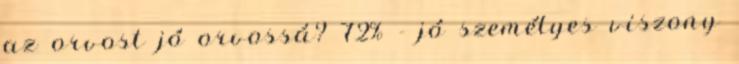
az orvost jó orvossá? 72% - jó személyes viszony